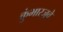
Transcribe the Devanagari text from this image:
कुंभारजुवे